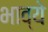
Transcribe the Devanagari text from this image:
भाव्ये